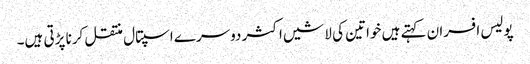
پولیس افسران کہتے ہیں خواتین کی لاشیں اکثر دوسرے اسپتال منتقل کرنا پڑتی ہیں۔